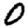
Digit: 0